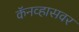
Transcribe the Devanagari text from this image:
कॅनव्हासवर